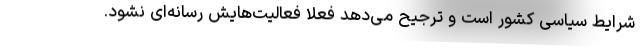
شرایط سیاسی کشور است و ترجیح می‌دهد فعلا فعالیت‌هایش رسانه‌ای نشود.